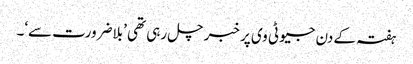
ہفتہ کے دن جیو ٹی وی پر خبر چل رہی تھی ’بلاضرورت سے‘۔